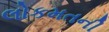
લોકમતની